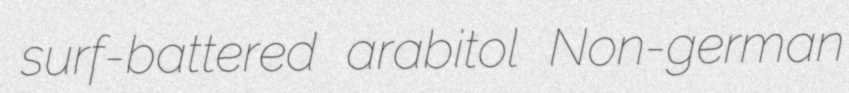
surf-battered arabitol Non-german